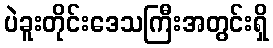
ပဲခူးတိုင်းဒေသကြီးအတွင်းရှိ